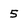
Character: 5